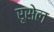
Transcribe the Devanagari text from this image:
रूसेल